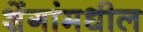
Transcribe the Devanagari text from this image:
शेंगांमधील